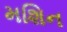
મશિન